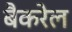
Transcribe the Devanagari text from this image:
बैकरेल